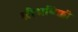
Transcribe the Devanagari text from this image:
श्रीअधिक्की